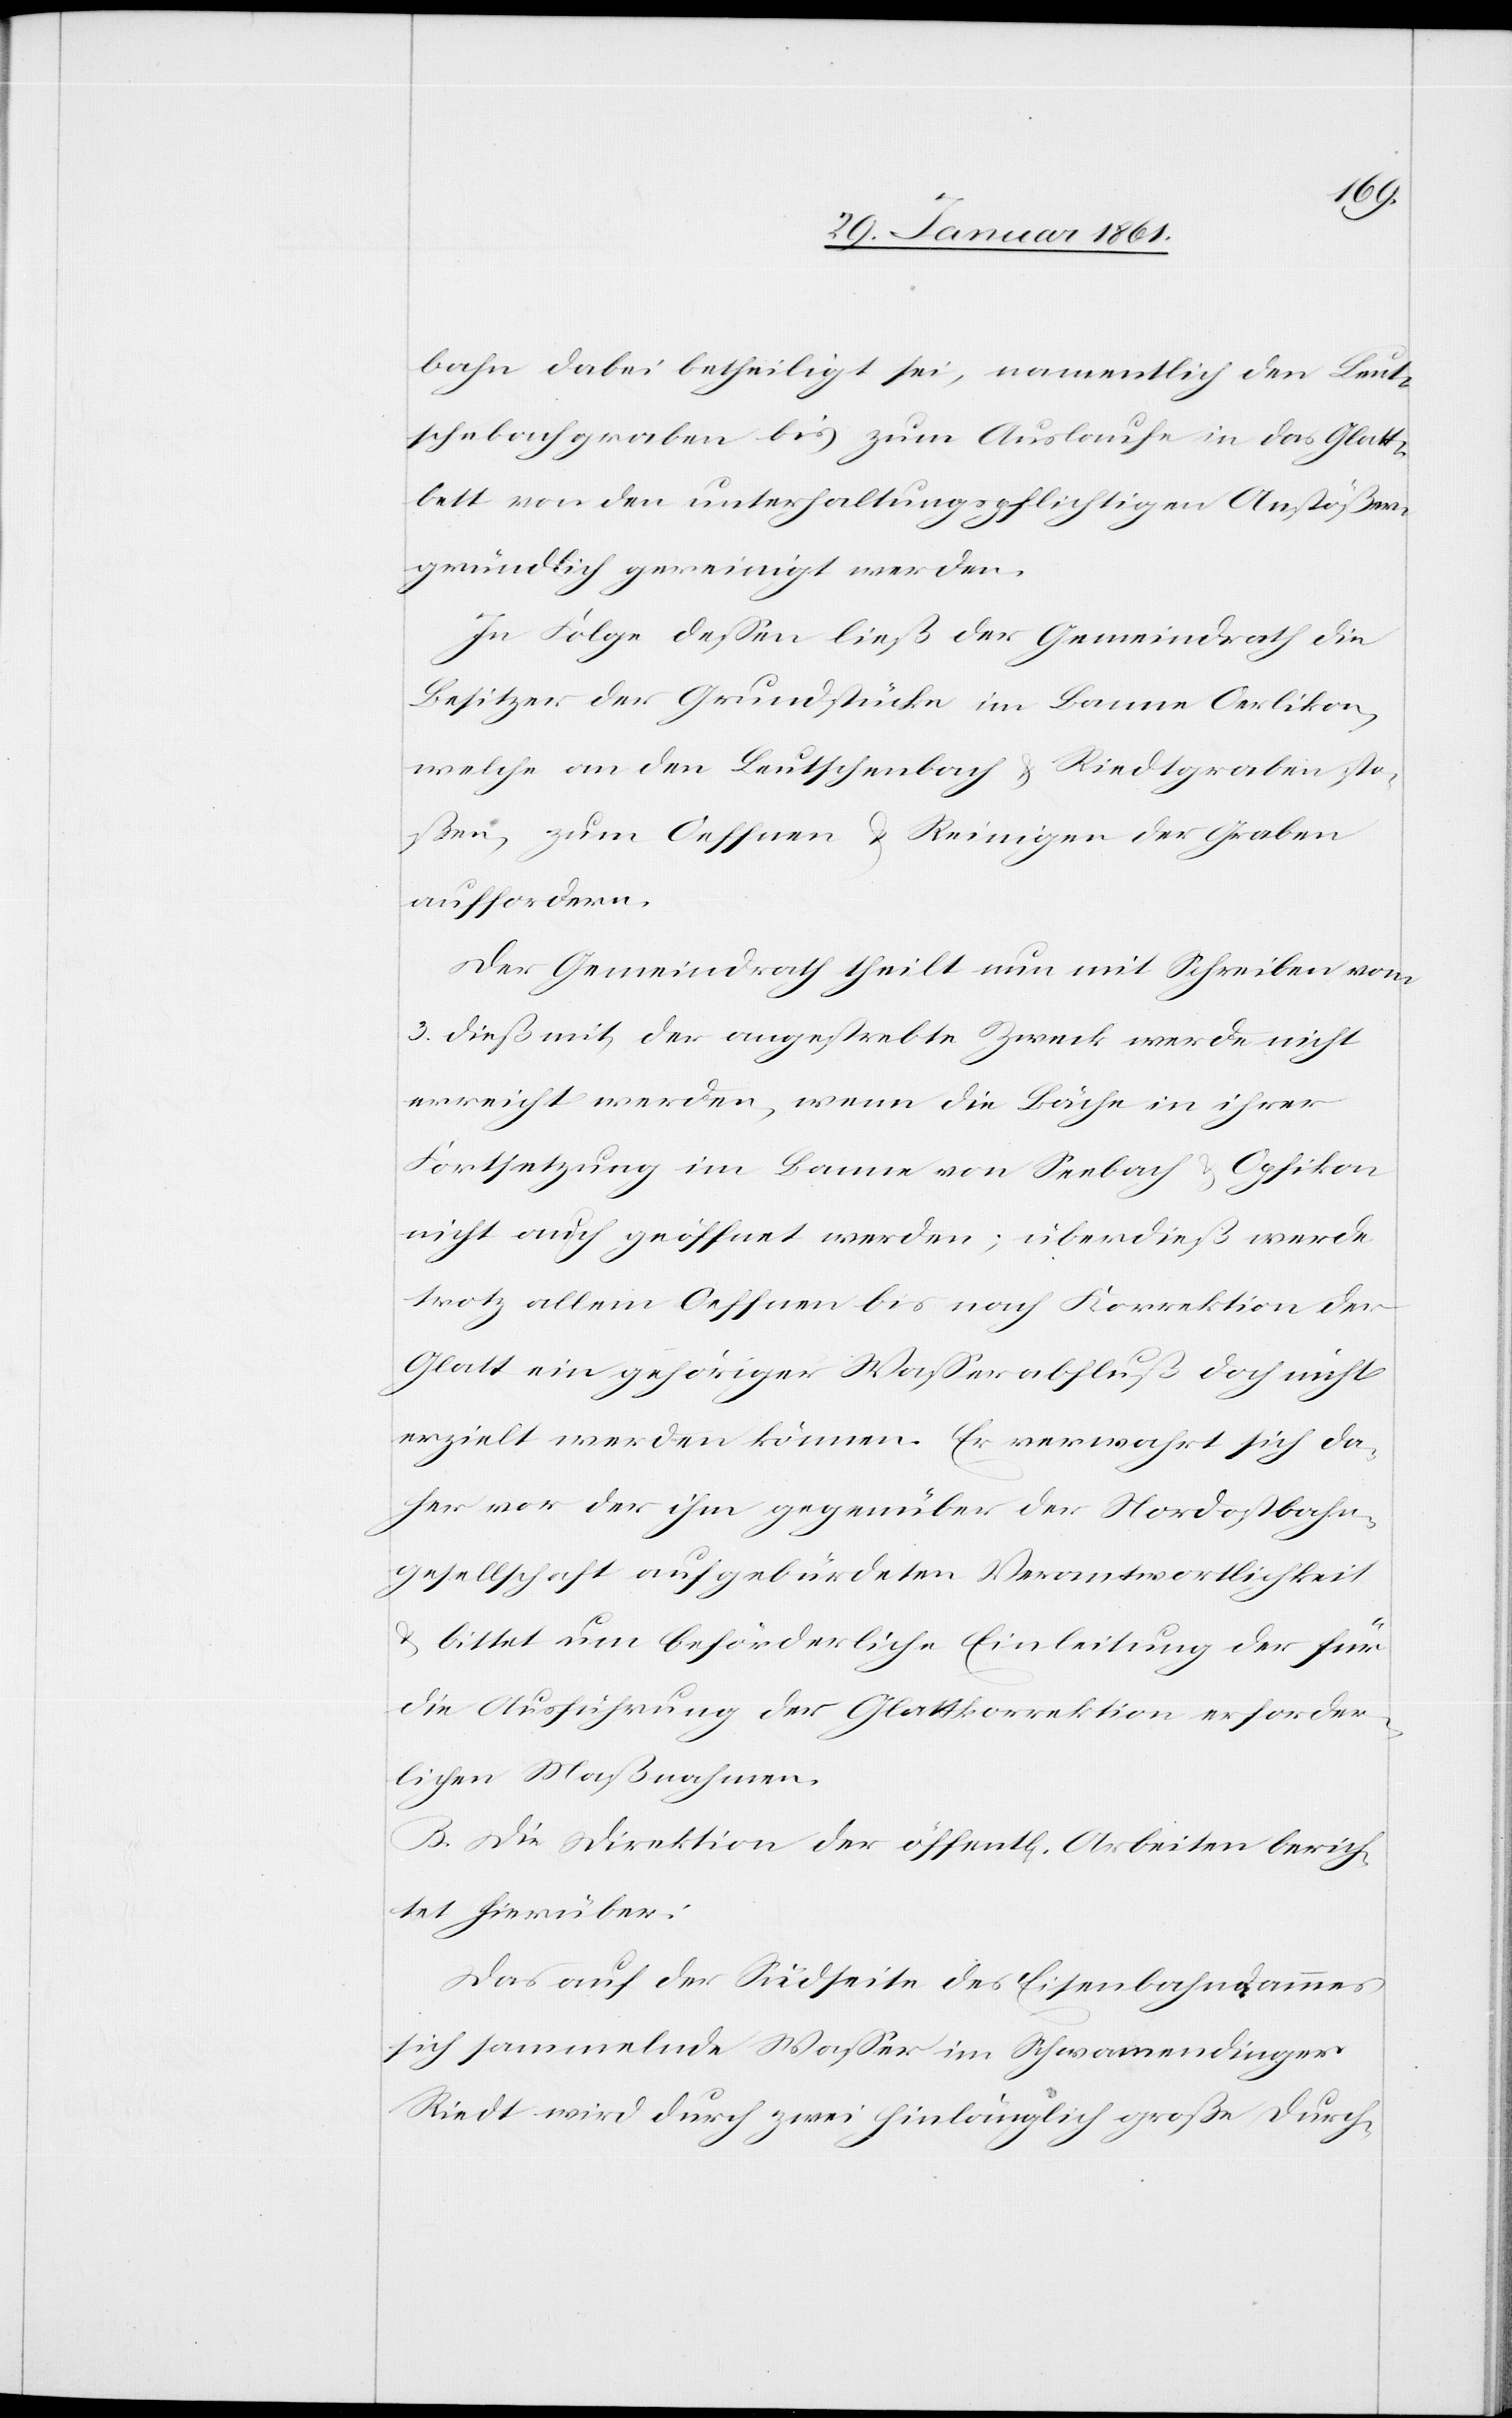
bahn dabei betheiligt sei, namentlich den Leut¬
schenbachgraben bis zum Auslaufe des Glatt¬
bett von den unterhaltungspflichtigen Anstößern
gründlich gereinigt werden.
In Folge dessen ließ der Gemeindrath die
Besitzer der Grundstücke im Banne Oerlikon,
welche an den Leutschenbach u. Riedtgraben sto¬
ßen, zum Oeffnen u. Reinigen der Graben
auffordern.
Der Gemeindrath teilt nun mit Schreiben vom
3. dieß mit, der angestrebte Zweck werde nicht
erreicht werden, wenn die Bäche in ihrer
Fortsetzung im Banne von Seebach u. Opfikon
nicht auch geöffnet werden; überdieß werde
trotz allem Oeffnen bis nach Korrektion der
Glatt ein gehöriger Wasserabfluß doch nicht
erzielt werden können. Er verwahrt sich da¬
her vor der ihm gegenüber der Nordostbahn¬
gesellschaft aufgebürdeten Verantwortlichkeit
u. bittet um beförderliche Einleitung der für
die Ausführung der Glattkorrektion erforder¬
lichen Maßnahmen.
B. Die Direktion der öffentl. Arbeiten berich¬
tet hierüber:
Das auf der Südseite des Eisenbahndammes
sich sammelnde Wasser im Schwamendinger
Riedt wird durch zwei hinlänglich große Durch-